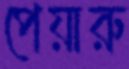
পেয়ারু